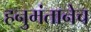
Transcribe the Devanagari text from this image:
हनुमंतानेच